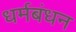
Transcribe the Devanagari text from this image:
धर्मबंधन